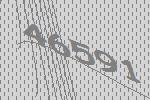
46591